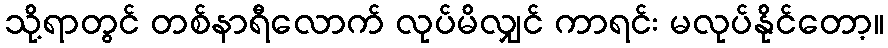
သို့ရာတွင် တစ်နာရီလောက် လုပ်မိလျှင် ကာရင်း မလုပ်နိုင်တော့။